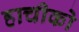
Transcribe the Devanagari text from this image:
हाचीको